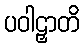
ပဝါဠှာတိ